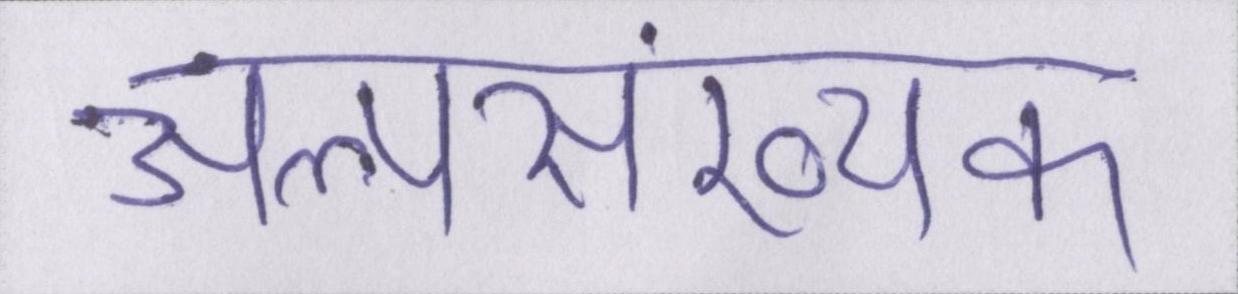
अल्पसंख्यक